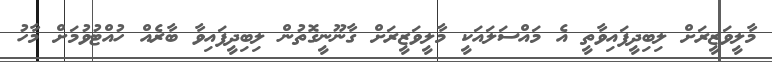
މާލީވަޒީރަށް ލިބިދީފައިވާތީ އެ މައްސަލައަކީ މާލީވަޒީރަށް ގާނޫނީގޮތުން ލިބިދީފައިވާ ބާރެއް ހުއްޓުވުމަށް މާހު